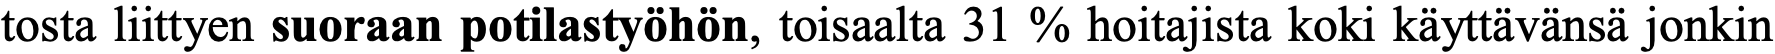
tosta liittyen suoraan potilastyöhön, toisaalta 31 % hoitajista koki käyttävänsä jonkin